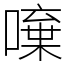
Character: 𠾍